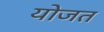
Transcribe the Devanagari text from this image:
योजत